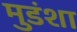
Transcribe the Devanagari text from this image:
मुडंशा